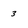
Character: 3